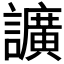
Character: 𧭰